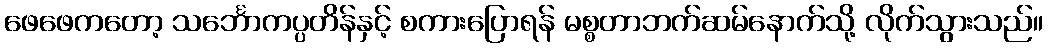
ဖေဖေကတော့ သင်္ဘောကပ္ပတိန်နှင့် စကားပြောရန် မစ္စတာဘက်ဆမ်နောက်သို့ လိုက်သွားသည်။